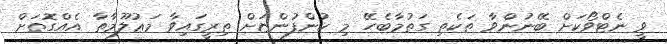
ވީ ނެޓްވޯކަށް ބޭނުންވާ ތަކެތި ގަތުމާބެހޭ މި ކުންފުންޏަށް ތިރީގައިވާ މަޢުލޫމާތާ އެއްގޮތަށް